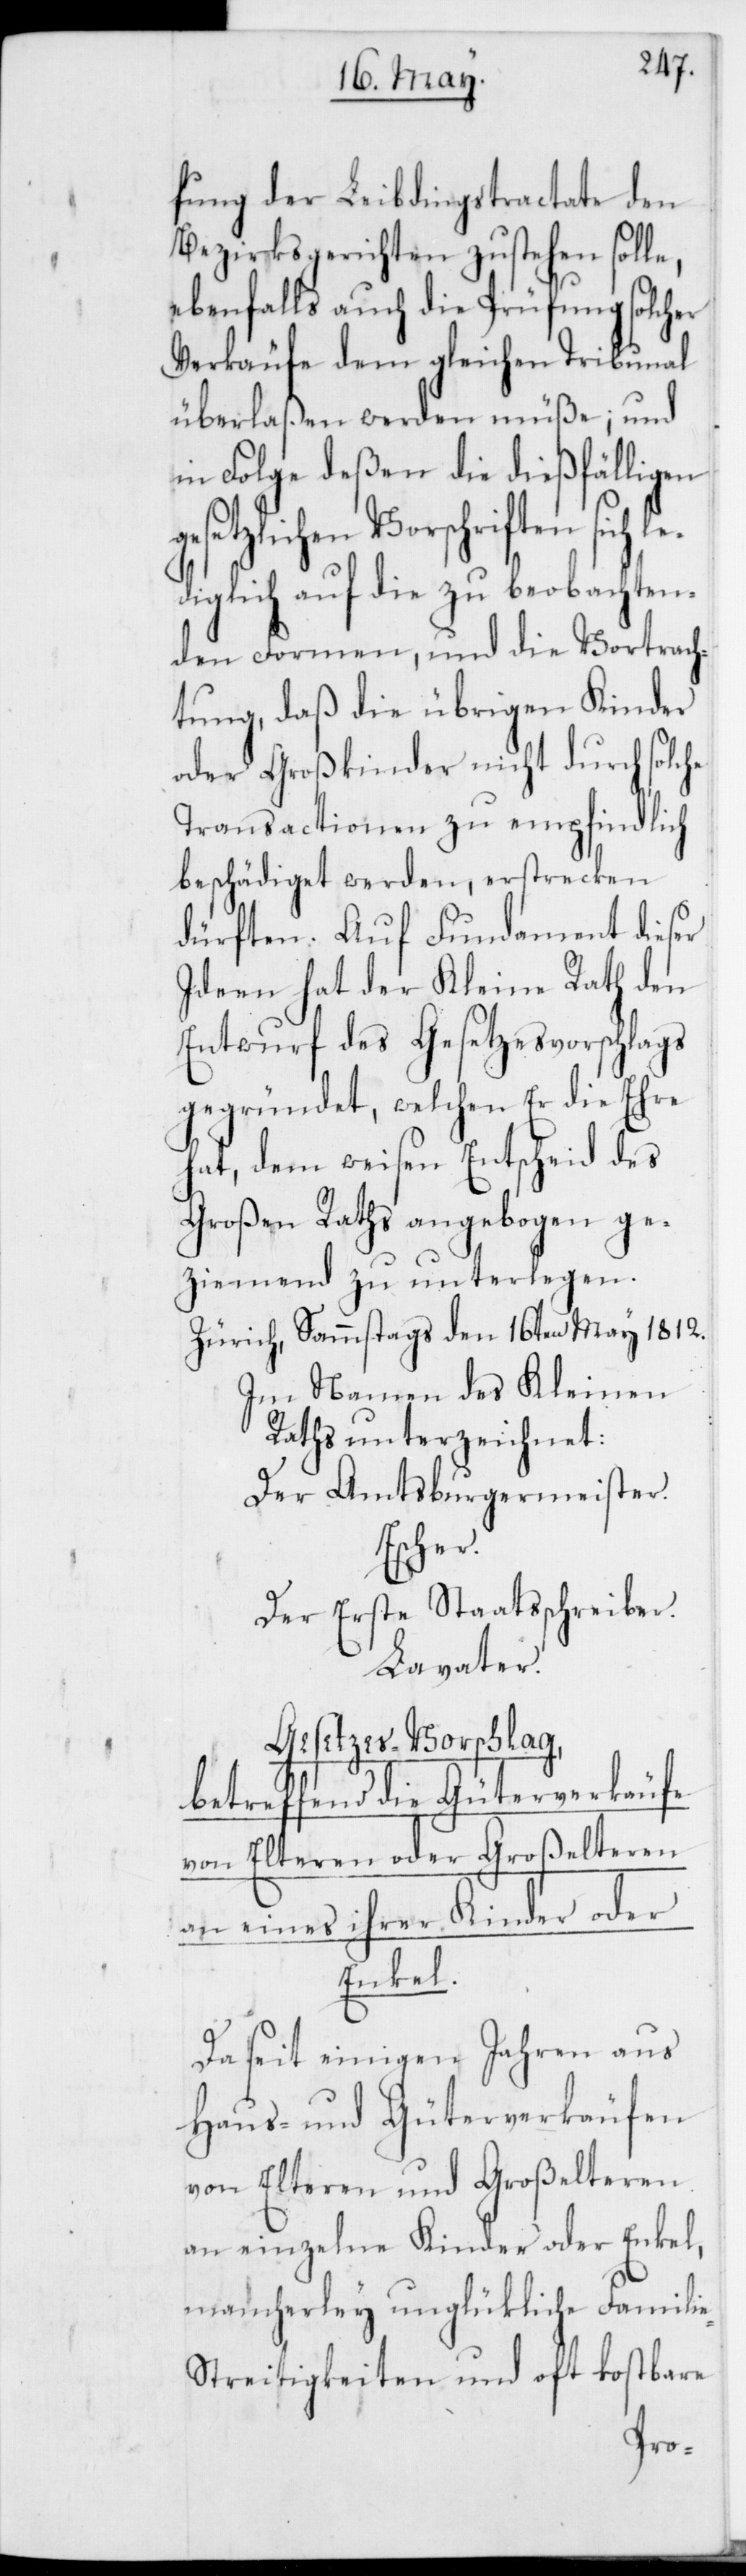
fung der Leibdingtractate den
Bezirksgerichten zustehen solle,
ebenfalls auch die Prüfung solcher
Verkäufe dem gleichen Tribunal
überlaßen werden müße; und
in Folge deßen die dießfälligen
setzlichen Vorschriften sich
iglich auf die zu beobachten¬
den Formen, und die Vortrach¬
tung, daß die übrigen Kinder
oder Großkinder nicht durch solche
Transactionen zu empfindlich
beschädiget werden, erstrecken
dürften. Auf Fundament dieser
Ideen hat der Kleine Rath den
Entwurf des Gesetzesvorschlags
gegründet, welchen Er die Ehre
hat, dem weisen Entscheid des
Großen Raths angebogen ge¬
ziemend zu unterlegen.
Zürich, Sammstags den 16ten May 1812.
Im Namen des Kleinen
Raths unterzeichnet:
Der Amtsburgermeister.
Escher.
Der Erste Staatsschreiber.
Lavater.
Gesetzes-Vorschlag,
betreffend die Güterverkäufe
von Elteren oder Großelteren
an eines ihrer Kinder oder
Enkel.
Da seit einigen Jahren aus
Haus- und Güterverkäufen
von Elteren und Großelteren
an einzelne Kinder oder Enkel,
mancherley unglückliche Famili¬
e-Streitigkeiten und oft kostbare
led¬